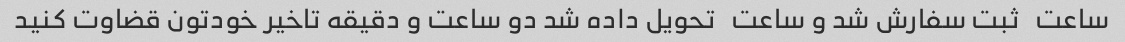
ساعت   ثبت سفارش شد و ساعت   تحویل داده شد دو ساعت و دقیقه تاخیر خودتون قضاوت کنید